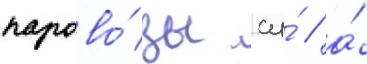
парово́зы су́ / а́